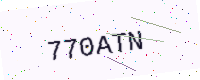
Text: 770ATN